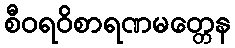
စီဝရဝိစာရဏမတ္တေန